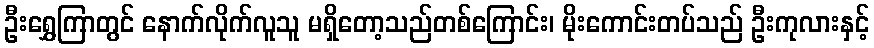
ဦးရွှေကြာတွင် နောက်လိုက်လူသူ မရှိတော့သည်တစ်ကြောင်း၊ မိုးကောင်းတပ်သည် ဦးကုလားနှင့်